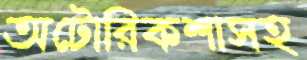
অটোরিকশাসহ